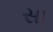
સા